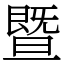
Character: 暨